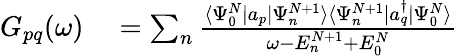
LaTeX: \begin{array}{rl}{G_{pq}(\omega)}&{{}=\sum_{n}\frac{\langle\Psi_{0}^{N}|a_{p}|\Psi_{n}^{N+1}\rangle\langle\Psi_{n}^{N+1}|a_{q}^{\dagger}|\Psi_{0}^{N}\rangle}{\omega-E_{n}^{N+1}+E_{0}^{N}}}\end{array}